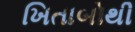
ખિતાબોથી